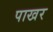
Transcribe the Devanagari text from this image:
पाखर